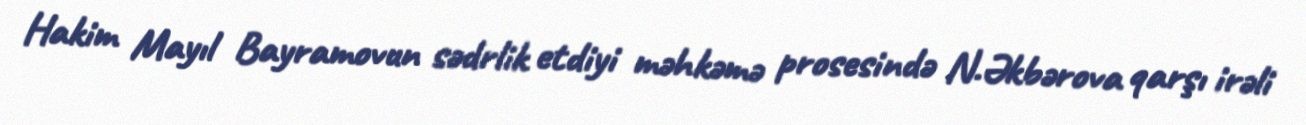
Hakim Mayıl Bayramovun sədrlik etdiyi məhkəmə prosesində N.Əkbərova qarşı irəli